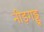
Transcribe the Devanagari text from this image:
नीड़गड्डु